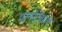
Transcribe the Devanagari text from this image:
पागोटेवाले